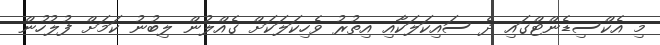
މި އެކްސިޑެންޓްގައި ދެ ސައިކަލަކާއި އިތުރު ވެހިކަލަކަށް ގެއްލުން ލިބުނު ކަމަށް ފުލުހުން